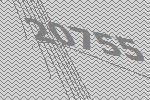
20755